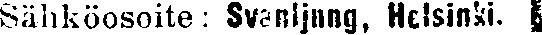
Sähköosoite : Svenljung, Helsinki. #